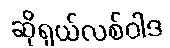
ဆိုရှယ်လစ်ဝါဒ